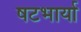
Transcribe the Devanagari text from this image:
षटभार्या